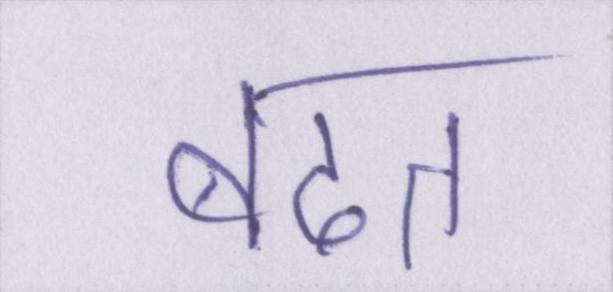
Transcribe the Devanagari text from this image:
बढत